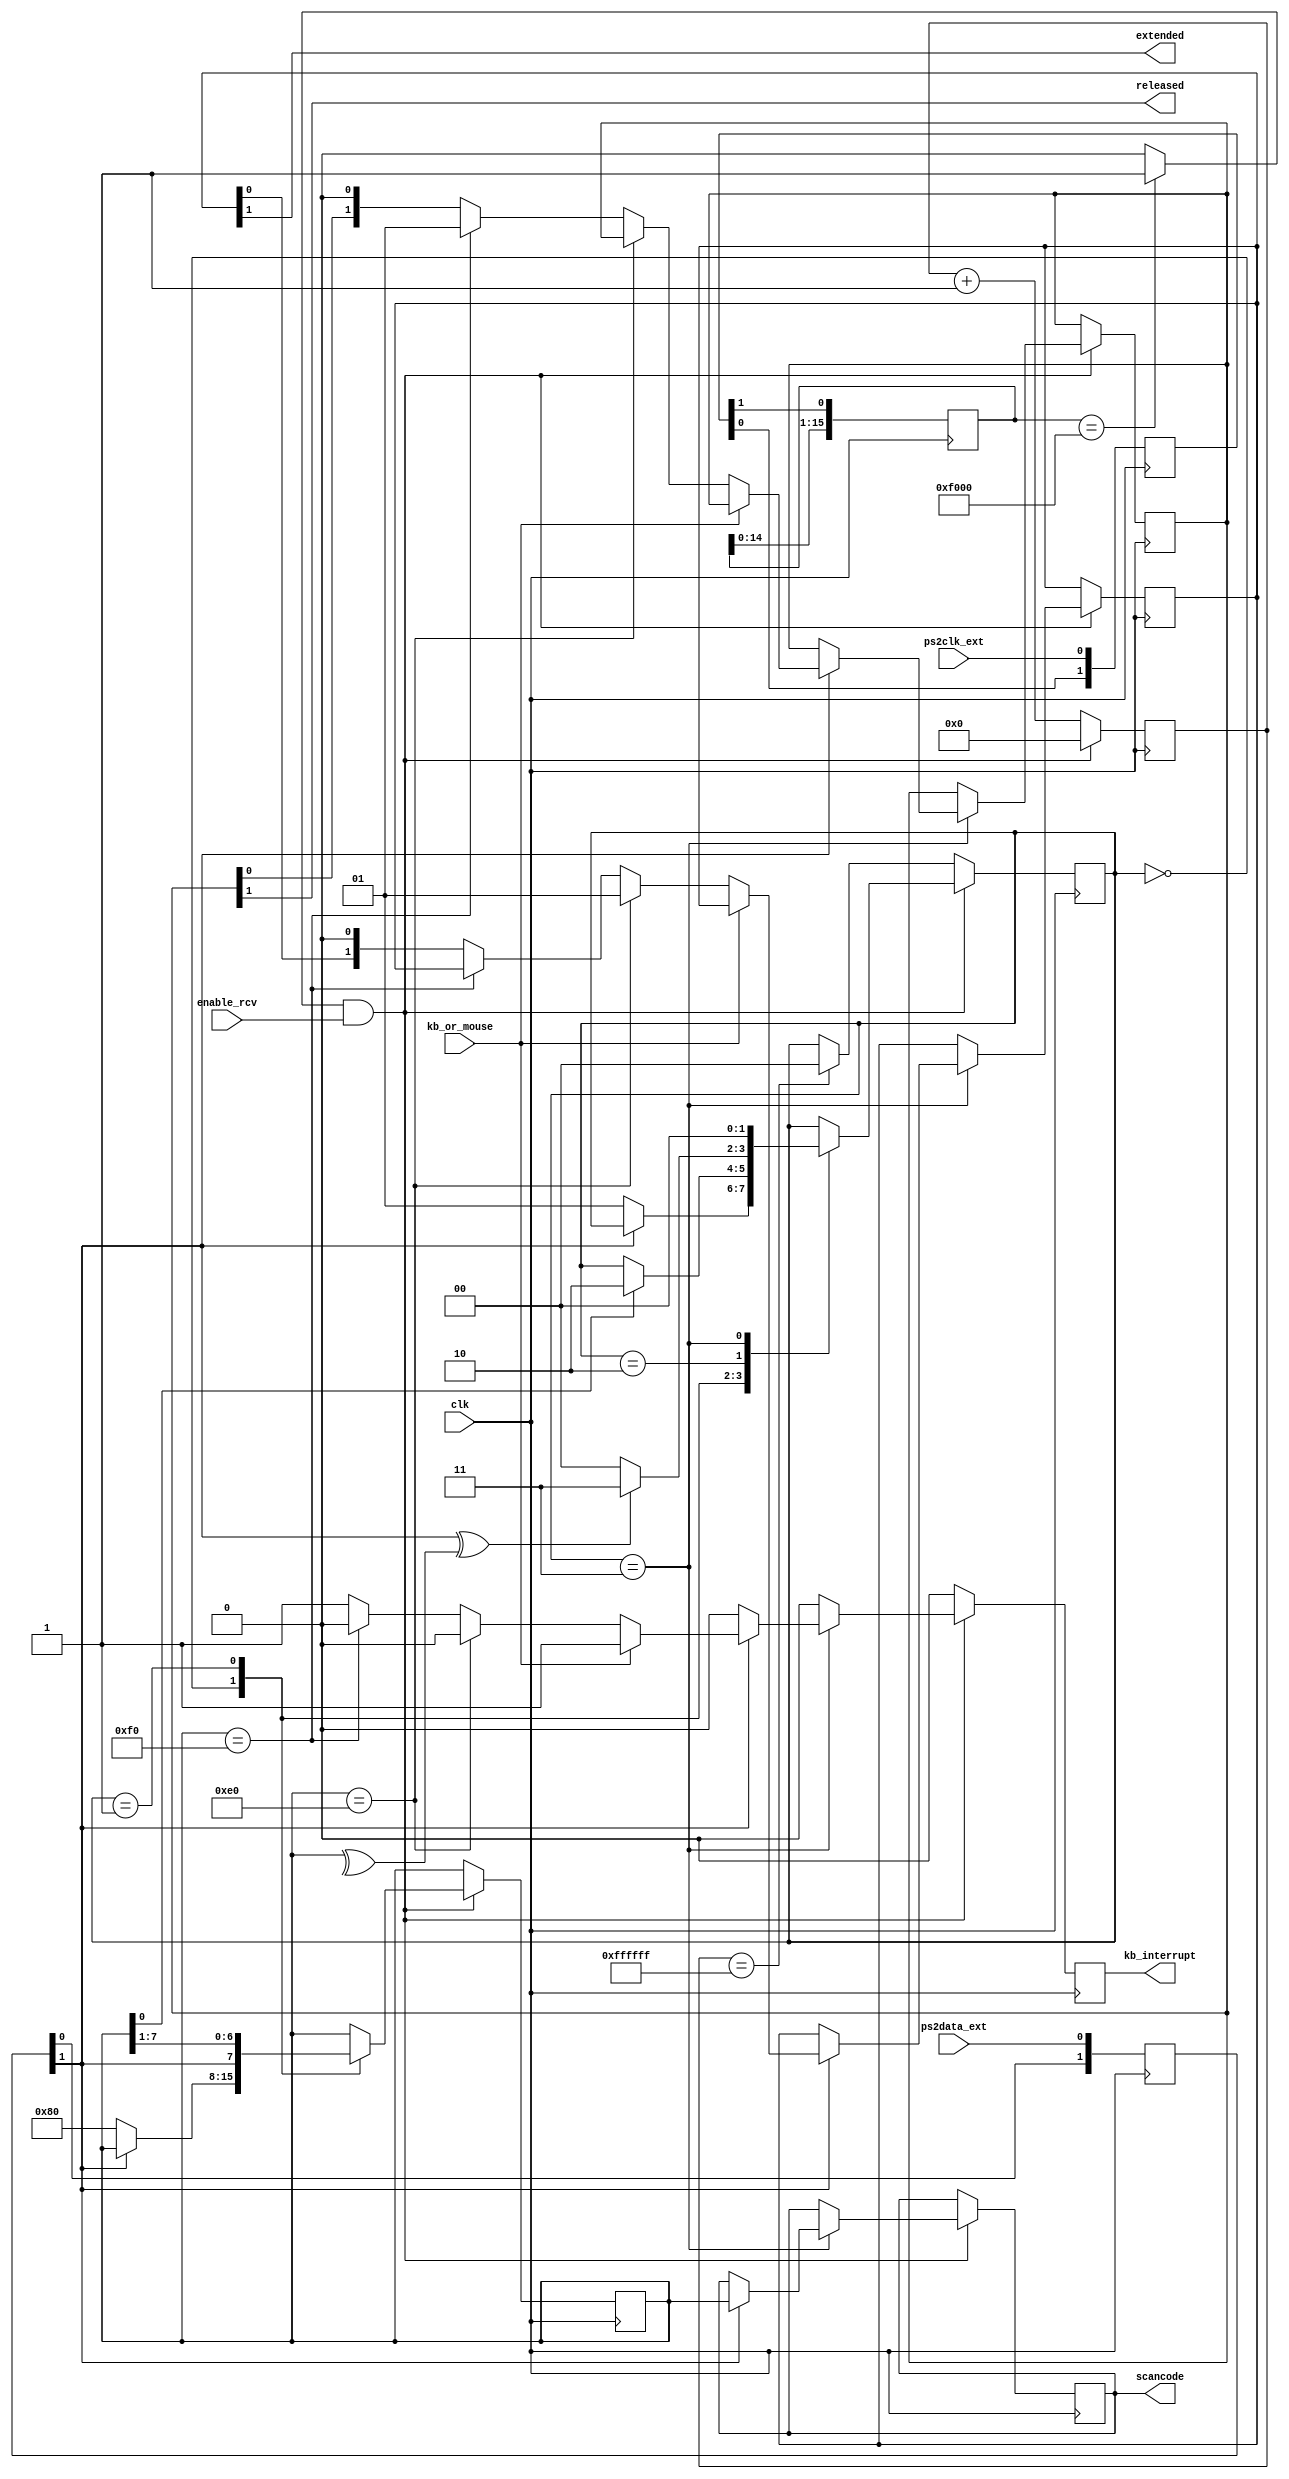
`timescale 1ns / 1ps
`default_nettype none

//    This file is part of the ZXUNO Spectrum core. 
//    Creation date is 20:16:31 2014-12-26 by Miguel Angel Rodriguez Jodar
//    (c)2014-2020 ZXUNO association.
//    ZXUNO official repository: http://svn.zxuno.com/svn/zxuno
//    Username: guest   Password: zxuno
//    Github repository for this core: https://github.com/mcleod-ideafix/zxuno_spectrum_core
//
//    ZXUNO Spectrum core is free software: you can redistribute it and/or modify
//    it under the terms of the GNU General Public License as published by
//    the Free Software Foundation, either version 3 of the License, or
//    (at your option) any later version.
//
//    ZXUNO Spectrum core is distributed in the hope that it will be useful,
//    but WITHOUT ANY WARRANTY; without even the implied warranty of
//    MERCHANTABILITY or FITNESS FOR A PARTICULAR PURPOSE.  See the
//    GNU General Public License for more details.
//
//    You should have received a copy of the GNU General Public License
//    along with the ZXUNO Spectrum core.  If not, see <https://www.gnu.org/licenses/>.
//
//    Any distributed copy of this file must keep this notice intact.

module ps2_port (
    input wire clk,  // se recomienda 1 MHz <= clk <= 600 MHz
    input wire enable_rcv,  // habilitar la maquina de estados de recepcion
    input wire kb_or_mouse,  // 0: kb, 1: mouse
    input wire ps2clk_ext,
    input wire ps2data_ext,
    output wire kb_interrupt,  // a 1 durante 1 clk para indicar nueva tecla recibida
    output reg [7:0] scancode, // make o breakcode de la tecla
    output wire released,  // soltada=1, pulsada=0
    output wire extended  // extendida=1, no extendida=0
    );
    
    localparam RCVSTART  = 2'b00,
               RCVDATA   = 2'b01,
               RCVPARITY = 2'b10,
               RCVSTOP   = 2'b11;

    reg [7:0] key = 8'h00;

    // Fase de sincronizacion de seales externas con el reloj del sistema
    reg [1:0] ps2clk_synchr;
    reg [1:0] ps2dat_synchr;
    wire ps2clk = ps2clk_synchr[1];
    wire ps2data = ps2dat_synchr[1];
    always @(posedge clk) begin
      ps2clk_synchr[0] <= ps2clk_ext;
      ps2clk_synchr[1] <= ps2clk_synchr[0];
      ps2dat_synchr[0] <= ps2data_ext;
      ps2dat_synchr[1] <= ps2dat_synchr[0];
    end

    // De-glitcher. Slo detecto flanco de bajada
    reg [15:0] negedgedetect = 16'h0000;
    always @(posedge clk) begin
      negedgedetect <= {negedgedetect[14:0], ps2clk};
    end
    wire ps2clkedge = (negedgedetect == 16'hF000)? 1'b1 : 1'b0;
    
    // Paridad instantnea de los bits recibidos
    wire paritycalculated = ^key;
    
    // Contador de time-out. Al llegar a 16777216 ciclos sin que ocurra
    // un flanco de bajada en PS2CLK, volvemos al estado inicial
    reg [23:0] timeoutcnt = 24'h000000;

    reg [1:0] state = RCVSTART;
    reg [1:0] regextended = 2'b00;
    reg [1:0] regreleased = 2'b00;
    reg rkb_interrupt = 1'b0;
    assign released = regreleased[1];
    assign extended = regextended[1];
    assign kb_interrupt = rkb_interrupt;
    
    always @(posedge clk) begin
        if (rkb_interrupt == 1'b1) begin
            rkb_interrupt <= 1'b0;
        end
        if (ps2clkedge && enable_rcv) begin
            timeoutcnt <= 24'h000000;
            case (state)
                RCVSTART: begin
                    if (ps2data == 1'b0) begin
                        state <= RCVDATA;
                        key <= 8'h80;
                    end
                end
                RCVDATA: begin
                    key <= {ps2data, key[7:1]};
                    if (key[0] == 1'b1) begin
                        state <= RCVPARITY;
                    end
                end
                RCVPARITY: begin
                    if (ps2data^paritycalculated == 1'b1) begin
                        state <= RCVSTOP;
                    end
                    else begin
                        state <= RCVSTART;
                    end
                end
                RCVSTOP: begin
                    state <= RCVSTART;                
                    if (ps2data == 1'b1) begin                        
                        scancode <= key;
                        if (kb_or_mouse == 1'b1) begin
                            rkb_interrupt <= 1'b1;  // no se requiere mirar E0 o F0
                        end
                        else begin
                            if (key == 8'hE0) begin
                                regextended <= 2'b01;
                            end
                            else if (key == 8'hF0) begin
                                regreleased <= 2'b01;
                            end
                            else begin
                                regextended <= {regextended[0], 1'b0};
                                regreleased <= {regreleased[0], 1'b0};
                                rkb_interrupt <= 1'b1;
                            end
                        end
                    end
                end    
                default: state <= RCVSTART;
            endcase
        end           
        else begin
            timeoutcnt <= timeoutcnt + 24'd1;
            if (timeoutcnt == 24'hFFFFFF) begin
                state <= RCVSTART;
            end
        end
    end
endmodule


module ps2_host_to_kb (
    input wire clk,          // calibrado para 28 MHz
    inout wire ps2clk_ext,
    inout wire ps2data_ext,
    input wire [7:0] data,
    input wire dataload,
    output wire ps2busy,
    output wire ps2error
    );
    
    `define PULLCLKLOW    3'b000
    `define PULLDATALOW   3'b001 
    `define SENDDATA      3'b010
    `define SENDPARITY    3'b011
    `define RCVACK        3'b100
    `define RCVIDLE       3'b101
    `define SENDFINISHED  3'b110

    reg busy = 1'b0;
    reg error = 1'b0;
    assign ps2busy = busy;
    assign ps2error = error;

    // Fase de sincronizacion de seales externas con el reloj del sistema
    reg [1:0] ps2clk_synchr;
    reg [1:0] ps2dat_synchr;
    wire ps2clk = ps2clk_synchr[1];
    wire ps2data_in = ps2dat_synchr[1];
    always @(posedge clk) begin
      ps2clk_synchr[0] <= ps2clk_ext;
      ps2clk_synchr[1] <= ps2clk_synchr[0];
      ps2dat_synchr[0] <= ps2data_ext;
      ps2dat_synchr[1] <= ps2dat_synchr[0];
    end

    // De-glitcher. Slo detecto flanco de bajada
    reg [15:0] edgedetect = 16'h0000;
    always @(posedge clk) begin
      edgedetect <= {edgedetect[14:0], ps2clk};
    end
    wire ps2clknedge = (edgedetect == 16'hF000)? 1'b1 : 1'b0;
    wire ps2clkpedge = (edgedetect == 16'h0FFF)? 1'b1 : 1'b0;
    
    // Contador de time-out. Al llegar a 16777216 ciclos sin que ocurra
    // un flanco de bajada en PS2CLK, volvemos al estado inicial
    reg [23:0] timeoutcnt = 24'h000000;

    reg [2:0] state = `SENDFINISHED;
    reg [7:0] shiftreg = 8'h00;
    reg [2:0] cntbits = 3'd0;

    // Dato a enviar se guarda en rdata
    reg [7:0] rdata = 8'h00;

    // Paridad instantnea de los bits a enviar
    wire paritycalculated = ~(^rdata);

    always @(posedge clk) begin
        // Carga de rdata desde el exterior
        if (dataload) begin
            rdata <= data;
            busy <= 1'b1;
            error <= 1'b0;
            timeoutcnt <= 24'h000000;
            state <= `PULLCLKLOW;
        end

        if (!ps2clknedge) begin
            timeoutcnt <= timeoutcnt + 24'd1;
            if (timeoutcnt == 24'hFFFFFF && state != `SENDFINISHED) begin
                error <= 1'b1;
                state <= `SENDFINISHED;
            end
        end

        case (state)
            `PULLCLKLOW: begin  // 280000 cuentas son 10ms para 28 MHz
                if (timeoutcnt >= 24'd280000) begin
                    state <= `PULLDATALOW;
                    shiftreg <= rdata;
                    cntbits <= 3'd0;
                    timeoutcnt <= 24'h000000;
                end
            end
            `PULLDATALOW: begin
                if (ps2clknedge) begin
                    state <= `SENDDATA;
                    timeoutcnt <= 24'h000000;
                end
            end
            `SENDDATA: begin
                if (ps2clknedge) begin
                    timeoutcnt <= 24'h000000;
                    shiftreg <= {1'b0, shiftreg[7:1]};
                    cntbits <= cntbits + 1;
                    if (cntbits == 3'd7)
                        state <= `SENDPARITY;
                end
            end
            `SENDPARITY: begin
                if (ps2clknedge) begin
                    state <= `RCVIDLE;
                    timeoutcnt <= 24'h000000;
                end
            end
            `RCVIDLE: begin
                if (ps2clknedge) begin
                    state <= `RCVACK;
                    timeoutcnt <= 24'h000000;
                end
            end        
            `RCVACK: begin
                if (ps2clknedge) begin
                    state <= `SENDFINISHED;
                    timeoutcnt <= 24'h000000;
                end
            end
            `SENDFINISHED: begin
                busy <= 1'b0;
                timeoutcnt <= 24'h000000;
            end
            default: begin
                timeoutcnt <= timeoutcnt + 1;
                if (timeoutcnt == 24'hFFFFFF && state != `SENDFINISHED) begin
                    error <= 1'b1;
                    state <= `SENDFINISHED;
                end
            end
        endcase     
    end
    
    assign ps2data_ext = (state == `PULLCLKLOW || state == `PULLDATALOW)    ? 1'b0 :
                         (state == `SENDDATA && shiftreg[0] == 1'b0)        ? 1'b0 :
                         (state == `SENDPARITY && paritycalculated == 1'b0) ? 1'b0 : // si lo que se va a enviar es un 1
                                                                              1'bZ;  // no se manda, sino que se pone la lnea a alta impedancia
    assign ps2clk_ext = (state == `PULLCLKLOW)                              ? 1'b0 :
                                                                              1'bZ;
endmodule